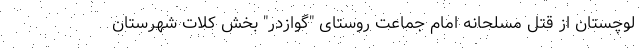
لوچستان از قتل مسلحانه امام جماعت روستای "گوازدر" بخش کلات شهرستان